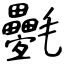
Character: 氎